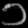
Digit: ၁